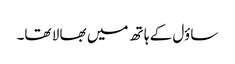
ساؤل کے ہا تھ میں بھا لا تھا۔